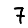
Digit: 7